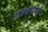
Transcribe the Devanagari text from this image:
रामनामाची